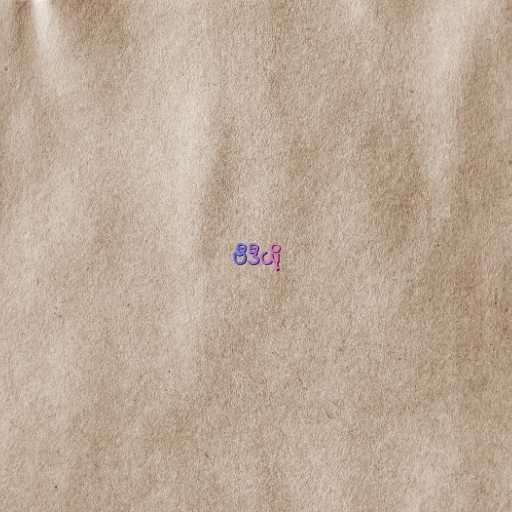
ဗီဒီယို